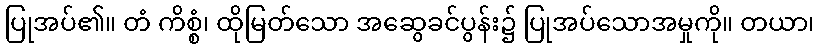
ပြုအပ်၏။ တံ ကိစ္စံ၊ ထိုမြတ်သော အဆွေခင်ပွန်း၌ ပြုအပ်သောအမှုကို။ တယာ၊